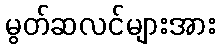
မွတ်ဆလင်များအား